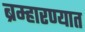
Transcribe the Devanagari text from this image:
ब्रम्हारण्यात